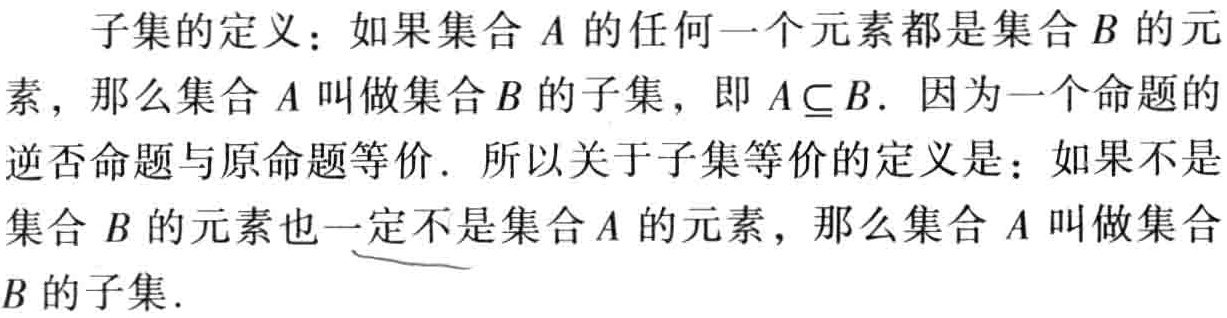
子集的定义：如果集合 \(A\) 的任何一个元素都是集合 \(B\) 的元素，那么集合 \(A\) 叫做集合 \(B\) 的子集，即 \(A\subseteq B\). 因为一个命题的逆否命题与原命题等价. 所以关于子集等价的定义是：如果不是集合 \(B\) 的元素也一定不是集合 \(A\) 的元素，那么集合 \(A\) 叫做集合 \(B\) 的子集.